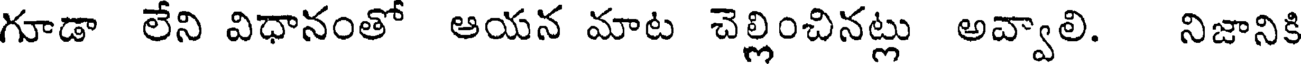
గూడా లేని విధానంతో ఆయన మాట చెల్లించినట్లు అవ్వాలి. నిజానికి